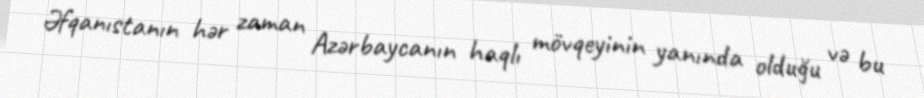
Əfqanıstanın hər zaman Azərbaycanın haqlı mövqeyinin yanında olduğu və bu